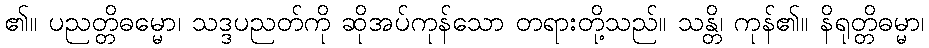
၏။ ပညတ္တိဓမ္မော၊ သဒ္ဒပညတ်ကို ဆိုအပ်ကုန်သော တရားတို့သည်။ သန္တိ၊ ကုန်၏။ နိရုတ္တိဓမ္မာ၊